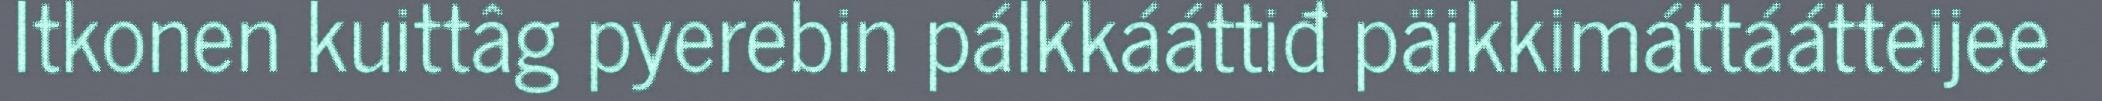
Itkonen kuittâg pyerebin pálkkááttiđ päikkimáttáátteijee